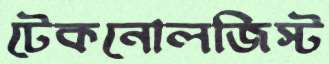
টেকনোলজিস্ট